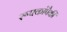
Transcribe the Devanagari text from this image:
रूपकांपैकी